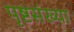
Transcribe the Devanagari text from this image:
पृष्टसंख्या